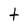
Character: t